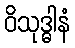
ဝိသုဒ္ဓါနံ